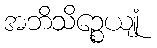
အဘိသိဉ္စေယျုံ